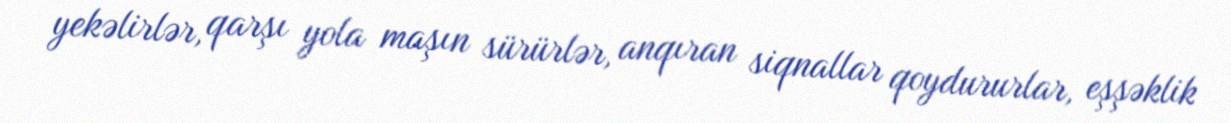
yekəlirlər, qarşı yola maşın sürürlər, anqıran siqnallar qoydururlar, eşşəklik